Indian journal of veterinary science and animal husbandry - Volume 2,
Year: 1932
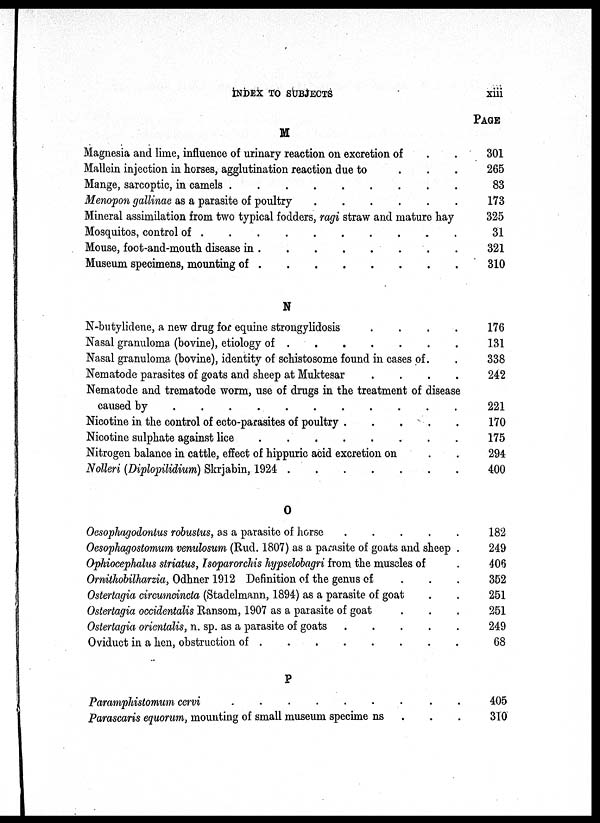
INDEX TO SUBJECTS
xiii
M
Magnesia and lime, influence of urinary reaction on excretion of . .
Mallein injection in horses, agglutination reaction due to . . .
Mange, sarcoptic, in camels
.
.
.
.
.
.
.
.
Menopon gallinae as a parasite of poultry . . . . . . . .
Mineral assimilation from two typical fodders, ragi straw and mature hay
Mosquitos, control of
.
.
.
.
.
.
.
.
Mouse, foot-and-mouth disease in
.
.
.
.
.
.
.
.
Museum specimens, mounting of
.
.
.
.
.
.
.
.
N
N-butylidene, a new drug for equine strongylidosis . . . . . . . .
Nasal granuloma (bovine), etiology of . . . . . . . .
Nasal granuloma (bovine), identity of schistosome found in cases of . .
Nematode parasites of goats and sheep at Muktesar . . . . . . . .
Nematode and trematode worm, use of drugs in the treatment of disease
caused by
.
.
.
.
.
.
.
.
Nicotine in the control of ecto-parasites of poultry . . . . . . . .
Nicotine sulphate against lice
.
.
.
.
.
.
.
.
Nitrogen balance in cattle, effect of hippuric acid excretion on . .
Nolleri (Diplopilidium) Skrjabin, 1924 . . . . . . . .
O
Oesophagodontus robustus, as a parasite of horse . . . . . . . .
Oesopihagostomum venulosum (Rud. 1807) as a parasite of goats and sheep .
Ophiocephalus striatus, Isoparorchis hypselobagri from the muscles of .
Ornithobilharzia, Odhner 1912 Definition of the genus of . . .
Ostertagia circumcincta (Stadelmann, 1894) as a parasite of goat . .
Ostertagia occidentalis Ransom, 1907 as a parasite of goat . . .
Ostertagia oricntalis, n. sp. as a parasite of goats . . . . . . . .
Oviduct in a hen, obstruction of
.
.
.
.
.
.
.
.
P
Paramphistomum cervi
.
.
.
.
.
.
.
.
Parascaris equorum, mounting of small museum specime ns . . .
PAGE
301
265
83
173
325
31
321
310
176
131
338
242
221
170
175
294
400
182
249
406
352
251
251
249
68
405
310